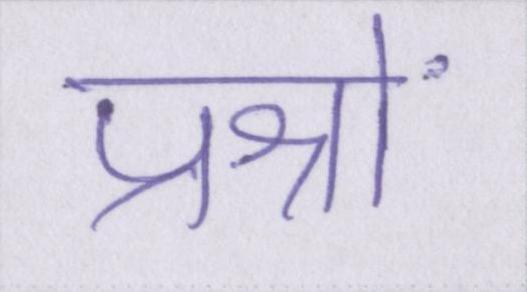
प्रश्नों